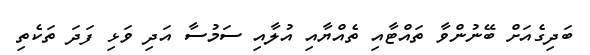
ބަދިގެއަށް ބޭނުންވާ ތައްޓާއި ތެއްޔާއި އުލާއި ސަމުސާ އަދި ވަޅި ފަދަ ތަކެތި